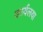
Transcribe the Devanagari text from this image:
कार्यलया